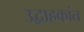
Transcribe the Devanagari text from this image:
उद्वाहकांत